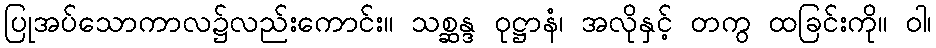
ပြုအပ်သောကာလ၌လည်းကောင်း။ သစ္ဆန္ဒ ဝုဋ္ဌာနံ၊ အလိုနှင့် တကွ ထခြင်းကို။ ဝါ၊